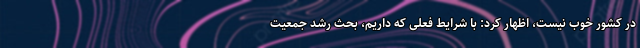
در کشور خوب نیست، اظهار کرد: با شرایط فعلی که داریم، بحث رشد جمعیت